Report of the Indian Hemp Drugs Commission, 1894-1895 - Volume VIII
Year: 1894
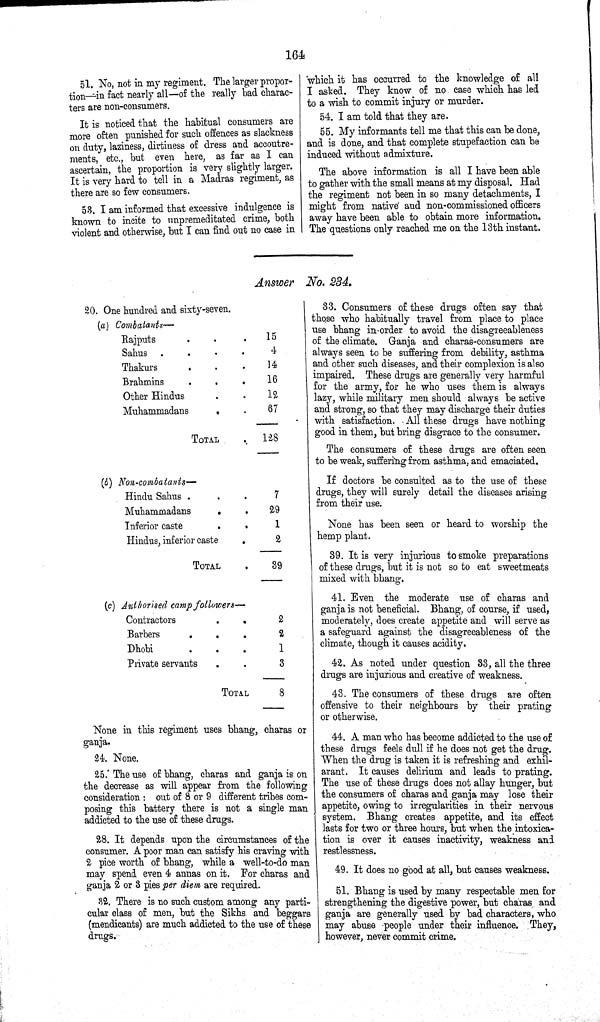
164
51. No, not in my regiment. The larger propor¬
tion—in fact nearly all—of the really bad charac¬
ters are non-consumers.
It is noticed that the habitual consumers are
more often punished for such offences as slackness
on duty, laziness, dirtiness of dress and accoutre¬
ments, etc., but even here, as far as I can
ascertain, the proportion is very slightly larger.
It is very hard to tell in a Madras regiment, as
there are so few consumers.
53. I am informed that excessive indulgence is
known to incite to unpremeditated crime, both
violent and otherwise, but I can find out no case in
which it has occurred to the knowledge of all
I asked. They know of no case which has led
to a wish to commit injury or murder.
54. I am told that they are.
55. My informants tell me that this can be done,
and is done, and that complete stupefaction can be
induced without admixture.
The above information is all I have been able
to gather with the small means at my disposal. Had
the regiment not been in so many detachments, I
might from native and non-commissioned officers
away have been able to obtain more information.
The questions only reached me on the 13th instant.
Answer No. 234.
20. One hundred and sixty-seven.
(a) Combatants—
Rajputs
15
Sahus
4
Thakurs
14
Brahmins
16
Other Hindus
12
Muhammadans
67
TOTAL
128
(b) Non-combatants—
Hindu Sahus
7
Muhammadans
29
Inferior caste
1
Hindus, inferior caste
2
TOTAL
39
(c) Authorised camp followers—
Contractors
2
Barbers
2
Dhobi
1
Private servants
3
TOTAL
8
None in this regiment uses bhang, charas or
ganja.
24. None.
25. The use of bhang, charas and ganja is on
the decrease as will appear from the following
consideration: out of 8 or 9 different tribes com¬
posing this battery there is not a single man
addicted to the use of these drugs.
28. It depends upon the circumstances of the
consumer. A poor man can satisfy his craving with
2 pice worth of bhang, while a well-to-do man
may spend even 4 annas on it. For charas and
ganja 2 or 3 pies per diem are required.
32. There is no such custom among any parti¬
cular class of men, but the Sikhs and beggars
(mendicants) are much addicted to the use of these
drugs.
33. Consumers of these drugs often say that
those who habitually travel from place to place
use bhang in order to avoid the disagreeableness
of the climate. Ganja and charas-consumers are
always seen to be suffering from debility, asthma
and other such diseases, and their complexion is also
impaired. These drugs are generally very harmful
for the army, for he who uses them is always
lazy, while military men should always be active
and strong, so that they may discharge their duties
with satisfaction. All these drugs have nothing
good in them, but bring disgrace to the consumer.
The consumers of these drugs are often seen
to be weak, suffering from asthma, and emaciated.
If doctors be consulted as to the use of these
drugs, they will surely detail the diseases arising
from their use.
None has been seen or heard to worship the
hemp plant.
39. It is very injurious to smoke preparations
of these drugs, but it is not so to eat sweetmeats
mixed with bhang.
41. Even the moderate use of charas and
ganja is not beneficial. Bhang, of course, if used,
moderately, does create appetite and will serve as
a safeguard against the disagrecableness of the
climate, though it causes acidity.
42. As noted under question 33, all the three
drugs are injurious and creative of weakness.
43. The consumers of these drugs are often
offensive to their neighbours by their prating
or otherwise.
44. A man who has become addicted to the use of
these drugs feels dull if he does not get the drug.
When the drug is taken it is refreshing and exhil-
arant. It causes delirium and leads to prating.
The use of these drugs does not allay hunger, but
the consumers of charas and ganja may lose their
appetite, owing to irregularities in their nervous
system. Bhang creates appetite, and its effect
lasts for two or three hours, but when the intoxica¬
tion is over it causes inactivity, weakness and
restlessness.
49. It does no good at all, but causes weakness.
51. Bhang is used by many respectable men for
strengthening the digestive power, but charas and
ganja are generally used by bad characters, who
may abuse people under their influence. They,
however, never commit crime.